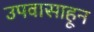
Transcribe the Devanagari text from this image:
उपवासाहून